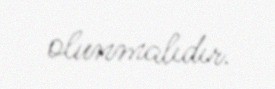
olunmalıdır.